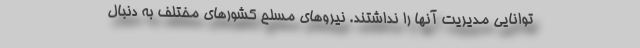
توانایی مدیریت آنها را نداشتند. نیروهای مسلح کشورهای مختلف به دنبال